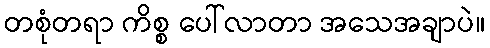
တစုံတရာ ကိစ္စ ပေါ်လာတာ အသေအချာပဲ။